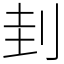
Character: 刲